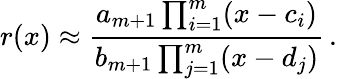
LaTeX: r(x)\approx\frac{a_{m+1}\prod_{i=1}^{m}(x-c_{i})}{b_{m+1}\prod_{j=1}^{m}(x-d_{j})}\, .